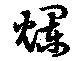
爛